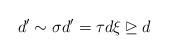
LaTeX: \begin{gather*}d' \sim \sigma d' = \tau d \xi \unrhd d\end{gather*}